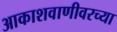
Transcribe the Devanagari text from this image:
आकाशवाणीवरच्‍या